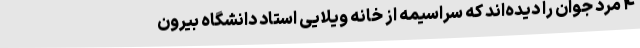
۴ مرد جوان را دیده‌اند که سراسیمه از خانه ویلایی استاد دانشگاه بیرون